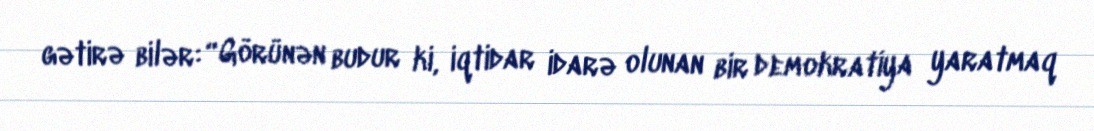
gətirə bilər: “Görünən budur ki, iqtidar idarə olunan bir demokratiya yaratmaq